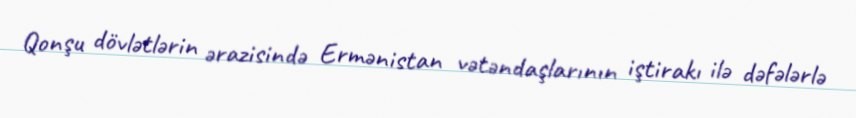
Qonşu dövlətlərin ərazisində Ermənistan vətəndaşlarının iştirakı ilə dəfələrlə